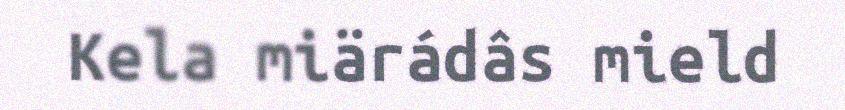
Kela miärádâs mield